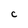
Character: C